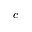
c